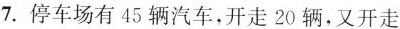
7.停车场有45辆汽车，开走20辆，又开走